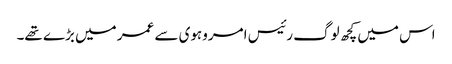
اس میں کچھ لوگ رئیس امروہوی سے عمر میں بڑے تھے۔